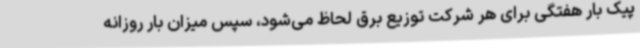
پیک بار هفتگی برای هر شرکت توزیع برق لحاظ می‌شود، سپس میزان بار روزانه